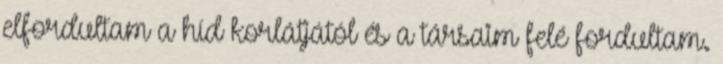
elfordultam a híd korlátjától és a társaim felé fordultam.